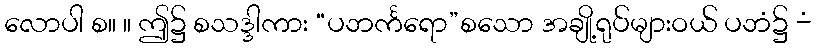
လောပါ စ။ ။ ဤ၌ စသဒ္ဒါကား “ပဘင်္ကရော”စသော အချို့ရုပ်များဝယ် ပဘံ၌ -ံ